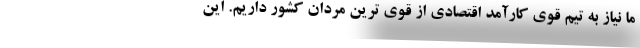
ما نیاز به تیم قوی کارآمد اقتصادی از قوی ترین مردان کشور داریم. این